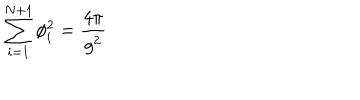
\sum _ { i = 1 } ^ { N + 1 } \phi _ { i } ^ { 2 } = { \frac { 4 \pi } { g ^ { 2 } } } \, \cdotp